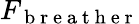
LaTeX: F_{\mathrm{~b~r~e~a~t~h~e~r~}}